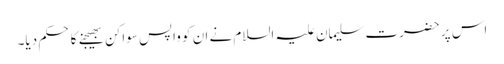
اس پر حضرت سلیمان علیہ السلام نے ان کو واپس سواکن بھیجنے کا حکم دیا۔